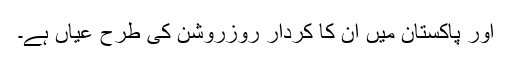
اور پاکستان میں ان کا کردار روزروشن کی طرح عیاں ہے۔